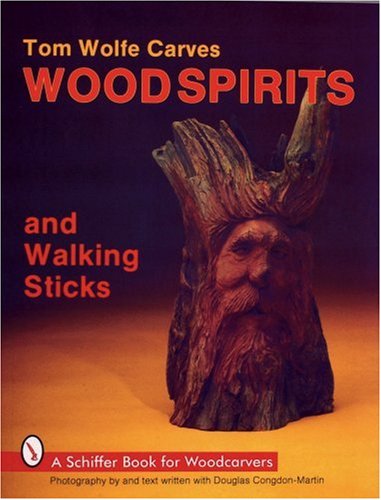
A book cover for Tom Wolfe Carves Wood Spirits and Walking Sticks (Schiffer Book for Woodcarvers); Tom James Wolfe; Crafts, Hobbies & Home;